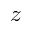
z